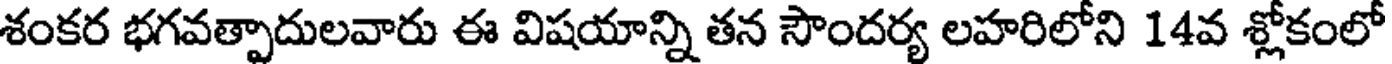
శంకర భగవత్పాదులవారు ఈ విషయాన్ని తన సౌందర్య లహరిలోని 14వ శ్లోకంలో